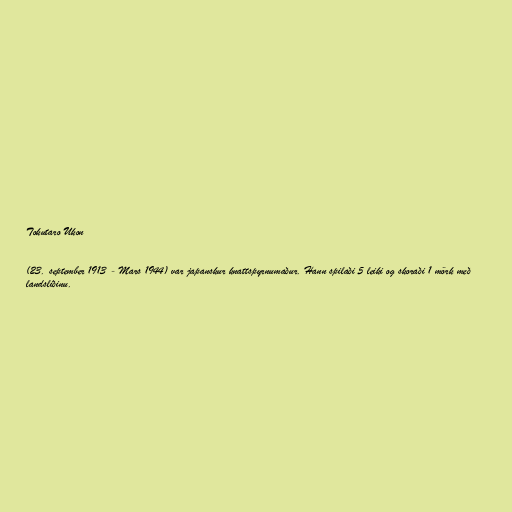
Tokutaro Ukon

(23. september 1913 - Mars 1944) var japanskur knattspyrnumaður. Hann spilaði 5 leiki og skoraði 1 mörk með
landsliðinu.